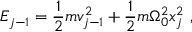
E _ { j - 1 } = \frac { 1 } { 2 } m v _ { j - 1 } ^ { 2 } + \frac { 1 } { 2 } m \Omega _ { 0 } ^ { 2 } x _ { j } ^ { 2 } \mathrm { ~ , ~ }